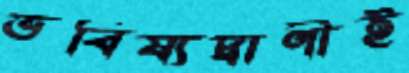
ভবিষ্যদ্বাণীই